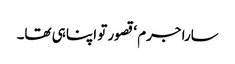
سارا جرم ‘ قصور تو اپنا ہی تھا۔